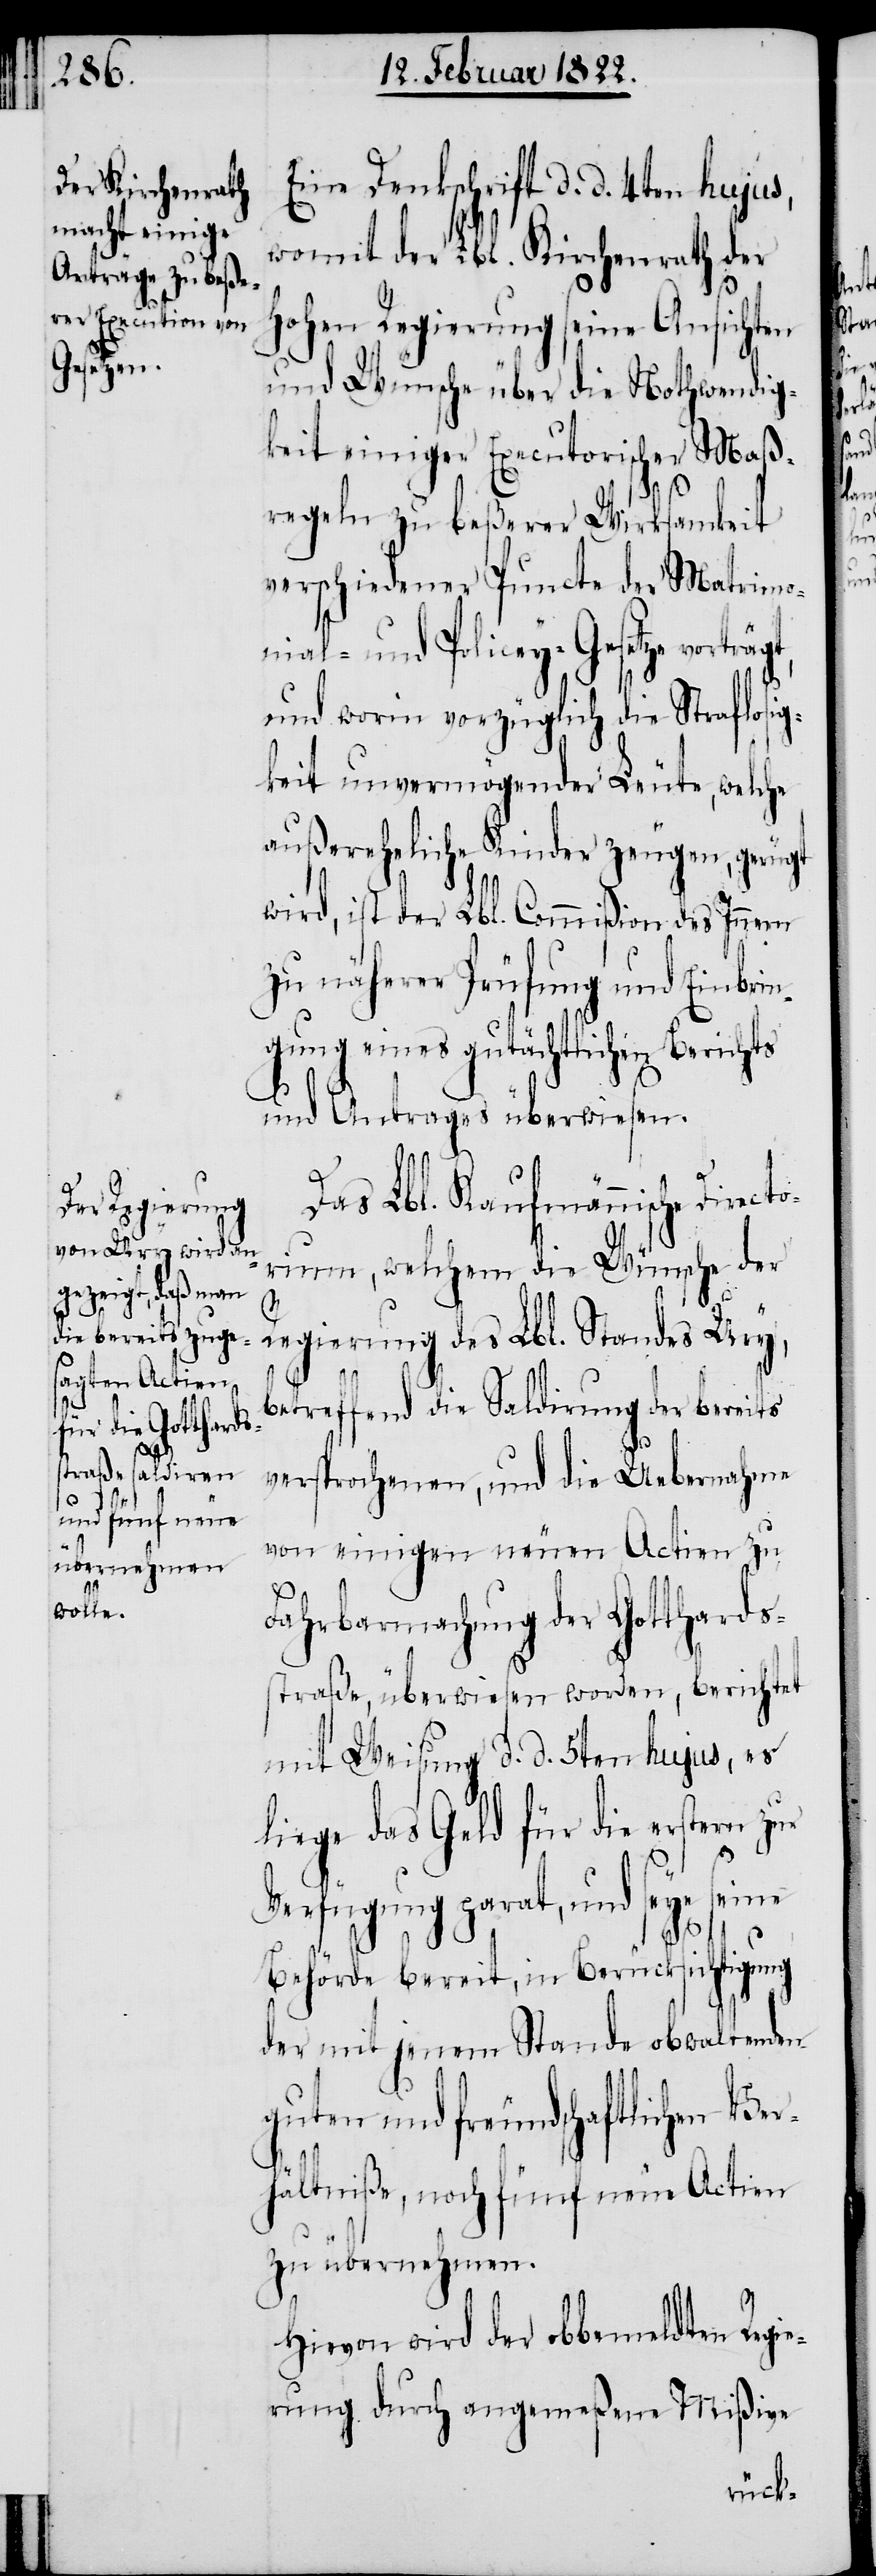
Eine Denkschrift d. d. 4ten hujus,
womit der Lbl. Kirchenrath der
hohen Regierung seine Ansichten
und Wünsche über die Nothwendig¬
keit einiger Executorischer Maß¬
regeln zu beßerer Wirksamkeit
verschiedener Puncte der Matrimo¬
nial- und Policey-Gesetze
und worin vorzüglich die Straflosig¬
keit unvermögender Leute, welche
außereheliche Kinder zeugen, gerügt
wird, ist der Lbl. Commißion des Innern
zu näherer Prüfung und Einbri¬
ngung eines gutächtlichen Berichts
und Antrages überwiesen.
Das Lbl. Kaufmännische Di¬
rium, welchem die Wünsche der
Regierung des Lbl. Standes Ury,
betreffend die Saldirung der bereits
versprochenen, und die Uebernahme
von einigen neuen Actien zu
Fahrbarmachung der Gotthards¬
straße, überwiesen worden, berichtet
mit Weisung d. d. 5ten hujus, es
liege das Geld für die erstern zu
Verfügung parat, und seye seine
Behörde bereit, in Berücksichtigung
der mit jenem Stande obwaltenden
guten und freundschaftlichen Ver¬
hältniße, noch fünf neue Actien
zu übernehmen.
Hievon wird der obbemeldten Regi¬
erung durch angemeßene Mißive
recto¬